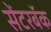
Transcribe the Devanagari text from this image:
सेंटरबॅक